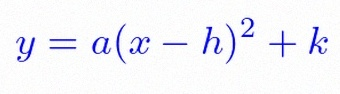
y=a(x-h)^2+k